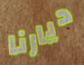
ديارنا